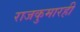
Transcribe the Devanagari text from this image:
राजकुमारही